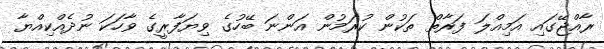
ރާއްޖޭގައި އަމިއްލަ ފަރާތް ތަކުން ކުރަމުން އަންނަ ބޭހުގެ ވިޔަފާރީގެ ވާހަކަ ނުދެއްކިއްޔާ